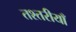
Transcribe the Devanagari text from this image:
तश्तरीयाँ